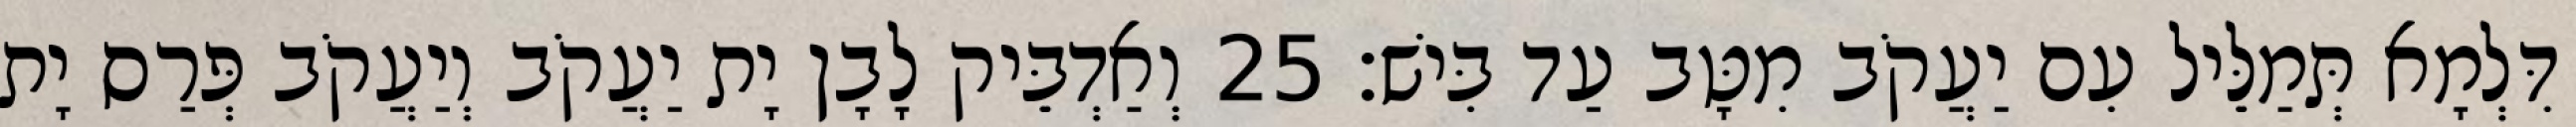
דִּלְמָא תְּמַלֵּיל עִם יַעֲקֹב מִטָּב עַד בִּישׁ׃ 25 וְאַדְבֵּיק לָבָן יָת יַעֲקֹב וְיַעֲקֹב פְּרַס יָת